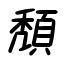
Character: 頽